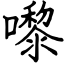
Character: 嚟